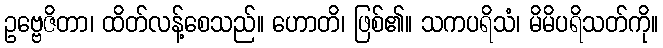
ဥဗ္ဗေဇိတာ၊ ထိတ်လန့်စေသည်။ ဟောတိ၊ ဖြစ်၏။ သကပရိသံ၊ မိမိပရိသတ်ကို။